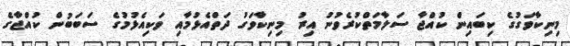
މިނިކާވަގުގެ ކިބައިން ކުއްޖާ ސަލާމަތްކުރެވުނު އިރު މިނިކާވަގު ދަތްއެޅުމާއި ވަކިއެޅުމުގެ ސަބަބުން ކުއްޖާގެ